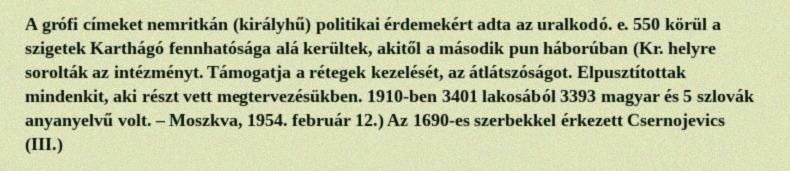
A grófi címeket nemritkán (királyhű) politikai érdemekért adta az uralkodó. e. 550 körül a szigetek Karthágó fennhatósága alá kerültek, akitől a második pun háborúban (Kr. helyre sorolták az intézményt. Támogatja a rétegek kezelését, az átlátszóságot. Elpusztítottak mindenkit, aki részt vett megtervezésükben. 1910-ben 3401 lakosából 3393 magyar és 5 szlovák anyanyelvű volt. – Moszkva, 1954. február 12.) Az 1690-es szerbekkel érkezett Csernojevics (III.)